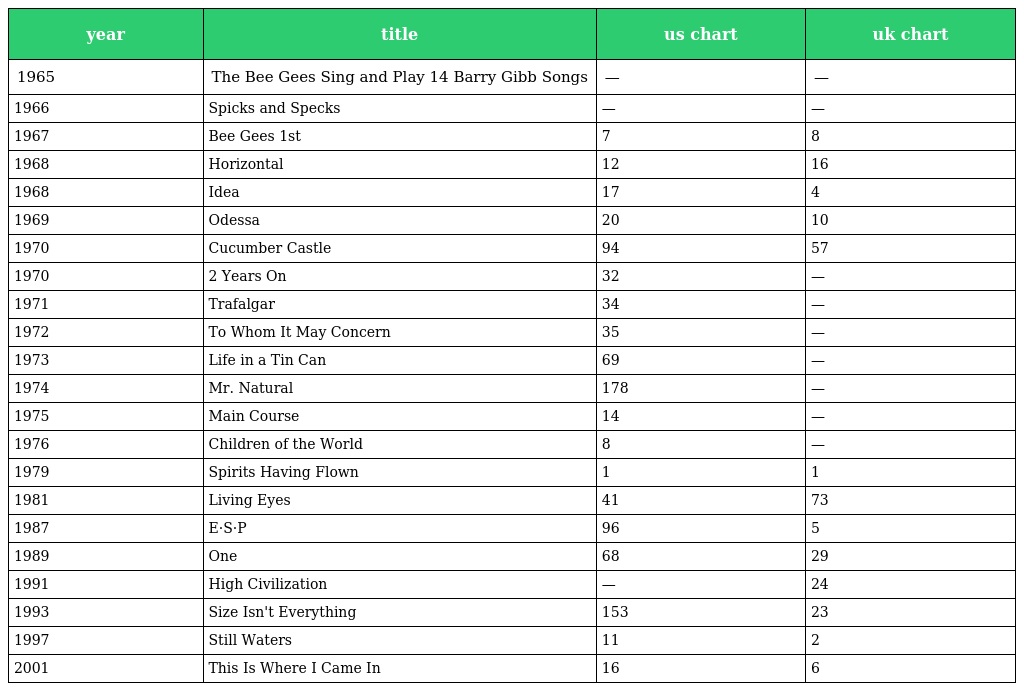
| year | title | us chart | uk chart |
 | --- | --- | --- | --- |
 | 1965 | The Bee Gees Sing and Play 14 Barry Gibb Songs | — | — |
 | 1966 | Spicks and Specks | — | — |
 | 1967 | Bee Gees 1st | 7 | 8 |
 | 1968 | Horizontal | 12 | 16 |
 | 1968 | Idea | 17 | 4 |
 | 1969 | Odessa | 20 | 10 |
 | 1970 | Cucumber Castle | 94 | 57 |
 | 1970 | 2 Years On | 32 | — |
 | 1971 | Trafalgar | 34 | — |
 | 1972 | To Whom It May Concern | 35 | — |
 | 1973 | Life in a Tin Can | 69 | — |
 | 1974 | Mr. Natural | 178 | — |
 | 1975 | Main Course | 14 | — |
 | 1976 | Children of the World | 8 | — |
 | 1979 | Spirits Having Flown | 1 | 1 |
 | 1981 | Living Eyes | 41 | 73 |
 | 1987 | E·S·P | 96 | 5 |
 | 1989 | One | 68 | 29 |
 | 1991 | High Civilization | — | 24 |
 | 1993 | Size Isn't Everything | 153 | 23 |
 | 1997 | Still Waters | 11 | 2 |
 | 2001 | This Is Where I Came In | 16 | 6 |